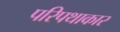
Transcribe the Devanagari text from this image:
परिपथाकार